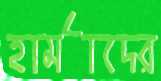
হার্মাদের